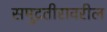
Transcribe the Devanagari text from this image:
समुद्रतीरावरील